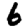
Digit: 6